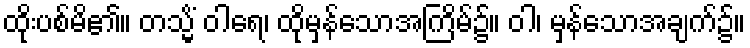
ထိုးပစ်မိ၏။ တသ္မိံ ဝါရေ၊ ထိုမှန်သောအကြိမ်၌။ ဝါ၊ မှန်သောအချက်၌။